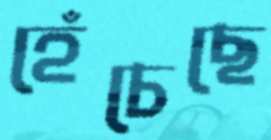
হেঁচেছে